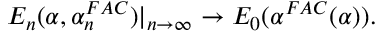
E _ { n } ( \alpha , \alpha _ { n } ^ { F A C } ) | _ { n \rightarrow \infty } \rightarrow E _ { 0 } ( \alpha ^ { F A C } ( \alpha ) ) .